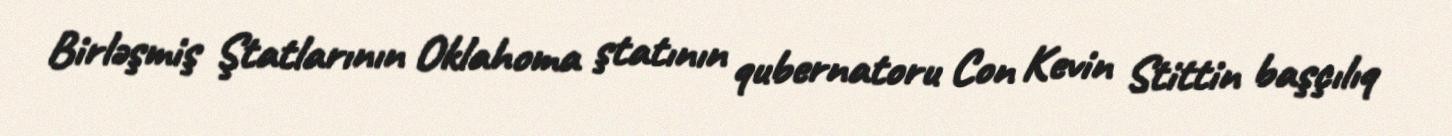
Birləşmiş Ştatlarının Oklahoma ştatının qubernatoru Con Kevin Stittin başçılıq